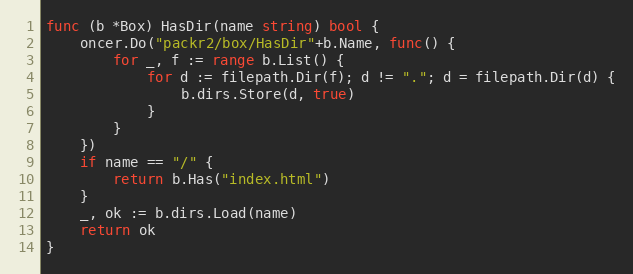
Language: Go
func (b *Box) HasDir(name string) bool {
	oncer.Do("packr2/box/HasDir"+b.Name, func() {
		for _, f := range b.List() {
			for d := filepath.Dir(f); d != "."; d = filepath.Dir(d) {
				b.dirs.Store(d, true)
			}
		}
	})
	if name == "/" {
		return b.Has("index.html")
	}
	_, ok := b.dirs.Load(name)
	return ok
}